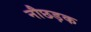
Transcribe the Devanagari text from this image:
नौछड़क